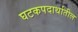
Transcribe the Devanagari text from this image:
घटकपदार्थातील